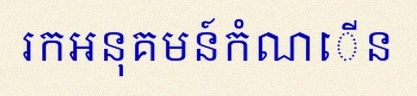
រកអនុគមន៍កំណើន